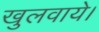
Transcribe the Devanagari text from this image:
खुलवाये।